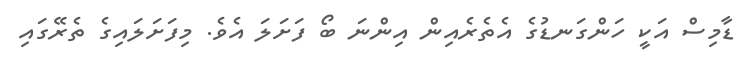
ޑާމިސް އަކީ ހަންގަނޑުގެ އެތެރެއިން އިންނަ ބޯ ފަށަލަ އެވެ. މިފަށަލައިގެ ތެރޭގައި